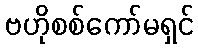
ဗဟိုစစ်ကော်မရှင်